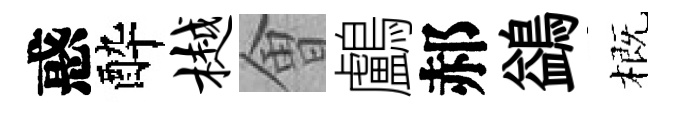
惑酔樾㑹鸕郝鷁概